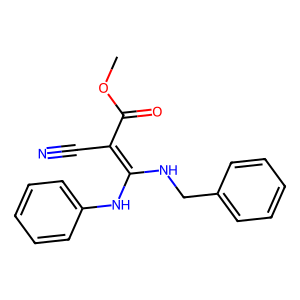
SMILES: COC(=O)C(C#N)=C(NCc1ccccc1)Nc1ccccc1
Inhibits HIV replication: No